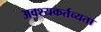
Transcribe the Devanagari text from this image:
अवश्यकर्तव्यता